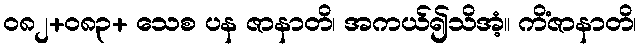
ဝ၈၂+၀၈၃+ သေစ ပန ဇာနာတိ၊ အကယ်၍သိအံ့။ ကိံဇာနာတိ၊